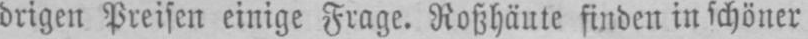
drigen Preisen einige Frage. Roßhäute finden in schöner